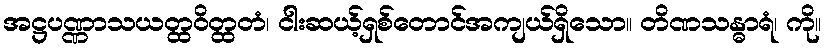
အဋ္ဌပဏ္ဏာသယတ္ထဝိတ္ထတံ၊ ငါးဆယ့်ရှစ်တောင်အကျယ်ရှိသော။ တိဏသန္ဓာရံ၊ ကို။